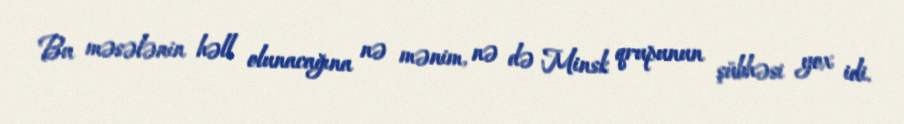
Bu məsələnin həll olunacağına nə mənim, nə də Minsk qrupunun şübhəsi yox idi.